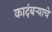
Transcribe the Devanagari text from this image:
कादंबऱ्याचे